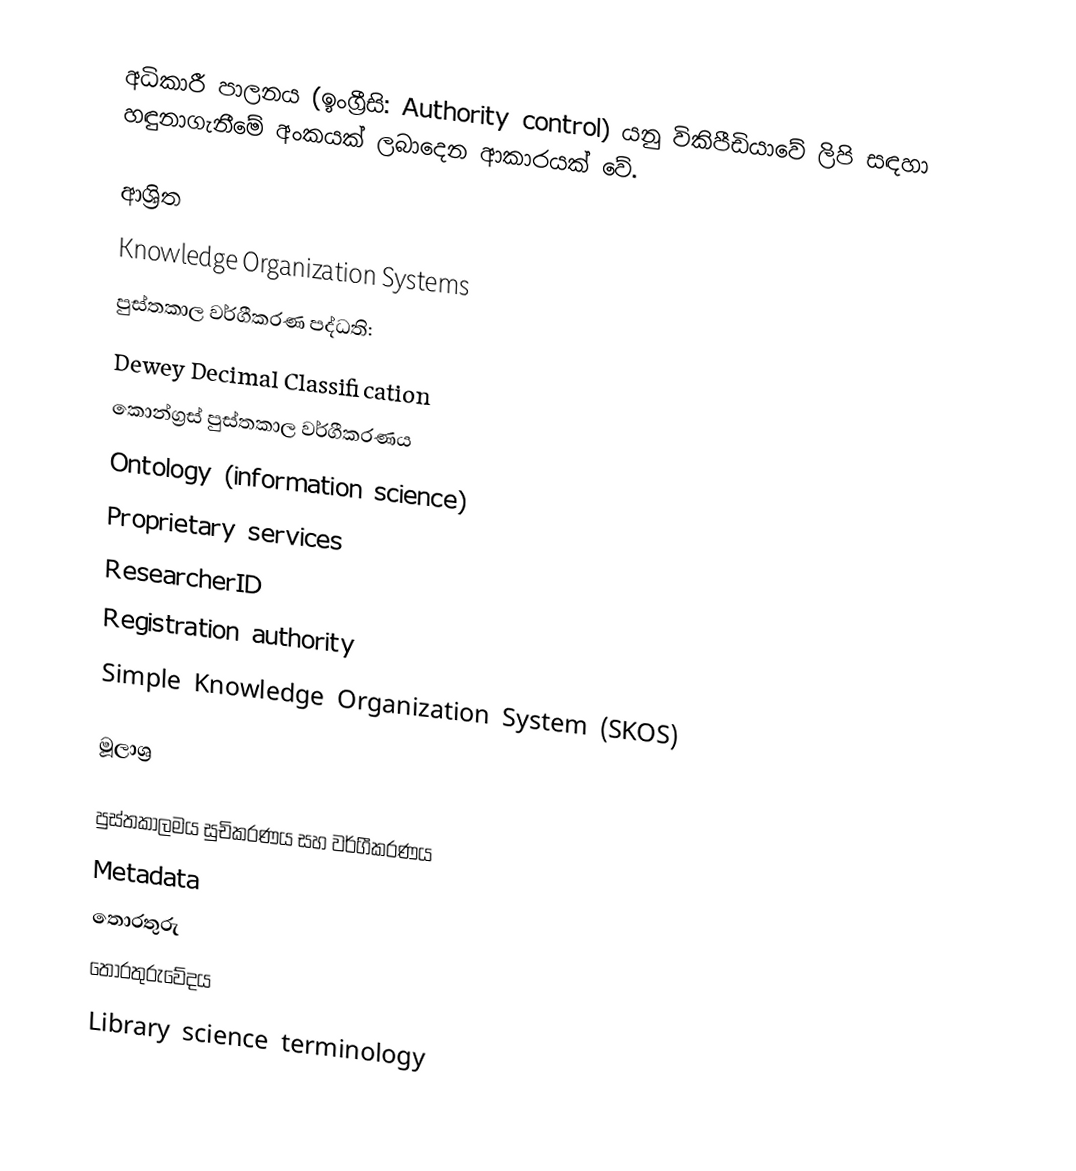
අධිකාරී පාලනය (ඉංග්‍රීසි: Authority control) යනු විකිපීඩියාවේ ලිපි සඳහා හඳුනාගැනීමේ අංකයක් ලබාදෙන ආකාරයක් වේ.

ආශ්‍රිත
 Knowledge Organization Systems
 පුස්තකාල වර්ගීකරණ පද්ධති:
 Dewey Decimal Classification
 කොන්ග්‍රස් පුස්තකාල වර්ගීකරණය
 Ontology (information science)
 Proprietary services
 ResearcherID
 Registration authority
 Simple Knowledge Organization System (SKOS)

මූලාශ්‍ර

පුස්තකාලමය සුචිකරණය සහ වර්ගීකරණය
Metadata
තොරතුරු
තොරතුරුවේදය
Library science terminology